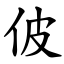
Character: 佊